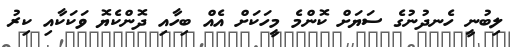
ލިބުނީ ހެނދުނުގެ ސަޔަށް ކޮންމެ މީހަކަށް އެއް ބިހާއި ދޮންކެޔޮ ވަކަކާއި ކިރު